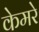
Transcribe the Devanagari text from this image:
केमरे